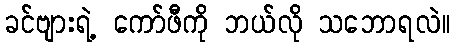
ခင်ဗျားရဲ့ ကော်ဖီကို ဘယ်လို သဘောရလဲ။